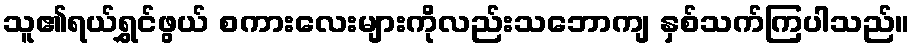
သူ၏ရယ်ရွှင်ဖွယ် စကားလေးများကိုလည်းသဘောကျ နှစ်သက်ကြပါသည်။